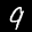
Label: 9